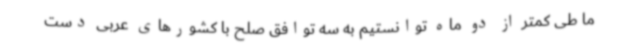
ما طی کمتر از دو ماه توانستیم به سه توافق صلح با کشورهای عربی دست